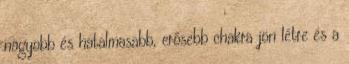
nagyobb és hatalmasabb, erősebb chakra jön létre és a